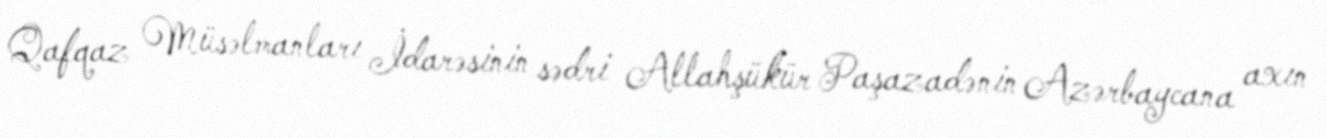
Qafqaz Müsəlmanları İdarəsinin sədri Allahşükür Paşazadənin Azərbaycana axın